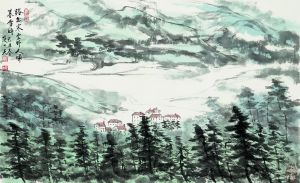
路出寒云外，人归暮雪时。